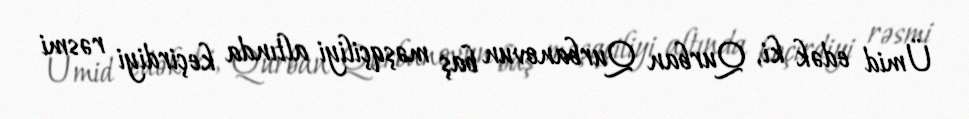
Ümid edək ki, Qurban Qurbanovun baş məşqçiliyi altında keçirdiyi rəsmi